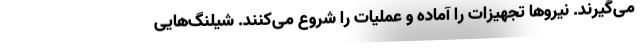
می‌گیرند. نیروها تجهیزات را آماده و عملیات را شروع می‌کنند. شیلنگ‌هایی